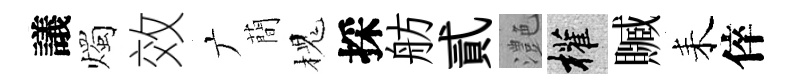
議燭效广蕳槐採舫貳灔權贓耒倅